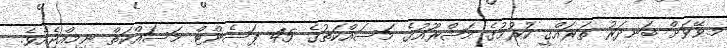
މ.ވޭވަށް ބަނދަރު ތަރައްގީ ކުރުމުގެ މަޝްރޫއުގެ މަސައްކަތުގެ 45 ޕަސެންޓް މަސައްކަތް ނިމިއްޖެއެވެ.